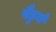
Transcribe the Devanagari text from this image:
वैडुर्य